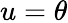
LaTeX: u=\theta